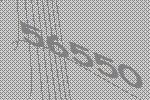
56550